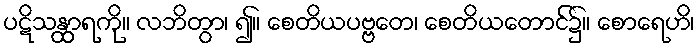
ပဋိသန္ထာရကို။ လဘိတွာ၊ ၍။ စေတိယပဗ္ဗတေ၊ စေတိယတောင်၌။ စောရေဟိ၊